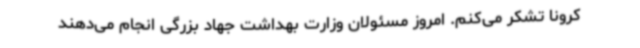
کرونا تشکر می‌کنم. امروز مسئولان وزارت بهداشت جهاد بزرگی انجام می‌دهند